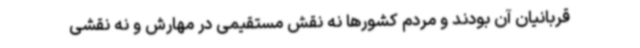
قربانیان آن بودند و مردم کشورها نه نقش مستقیمی در مهارش و نه نقشی